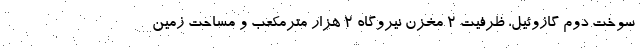
سوخت دوم گازوئیل، ظرفیت ۲ مخزن نیروگاه ۲ هزار مترمکعب و مساحت زمین